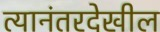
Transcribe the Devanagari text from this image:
त्यानंतरदेखील